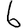
Digit: 6